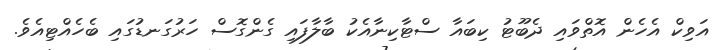
އަވިކް އެހެން އޮތްވައި ދެބޫޓު ކިބައާ ސްޓާކިނާއެކު ބާލާފައި ގެންގޮސް ހަރުގަނޑުގައި ބެހެއްޓިއެވެ.